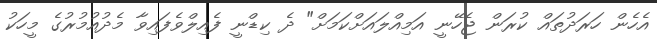
އެހެން ހަރަދުތައް ކުރަން ޖެހޭނީ އަމިއްލައަށްކަމަށް" ދެ ކިޑްނީ ފެއިލްވެފައިވާ މެދުއުމުރުގެ މީހަކު